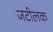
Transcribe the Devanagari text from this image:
जटीलक